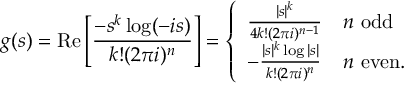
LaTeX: g ( s ) = \operatorname { R e } \left[ { \frac { - s ^ { k } \log ( - i s ) } { k ! ( 2 \pi i ) ^ { n } } } \right] = { \left\{ \begin{array} { l l } { { \frac { | s | ^ { k } } { 4 k ! ( 2 \pi i ) ^ { n - 1 } } } } & { n { \mathrm { ~ o d d } } } \\ { - { \frac { | s | ^ { k } \log | s | } { k ! ( 2 \pi i ) ^ { n } } } } & { n { \mathrm { ~ e v e n . } } } \end{array} \right. }